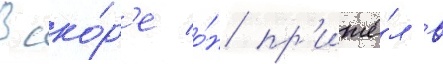
Вско́р'е о́н пр'ишё́л в